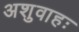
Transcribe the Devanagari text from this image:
अशुवाहः